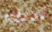
لديك